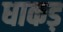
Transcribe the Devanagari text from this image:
धाकड़